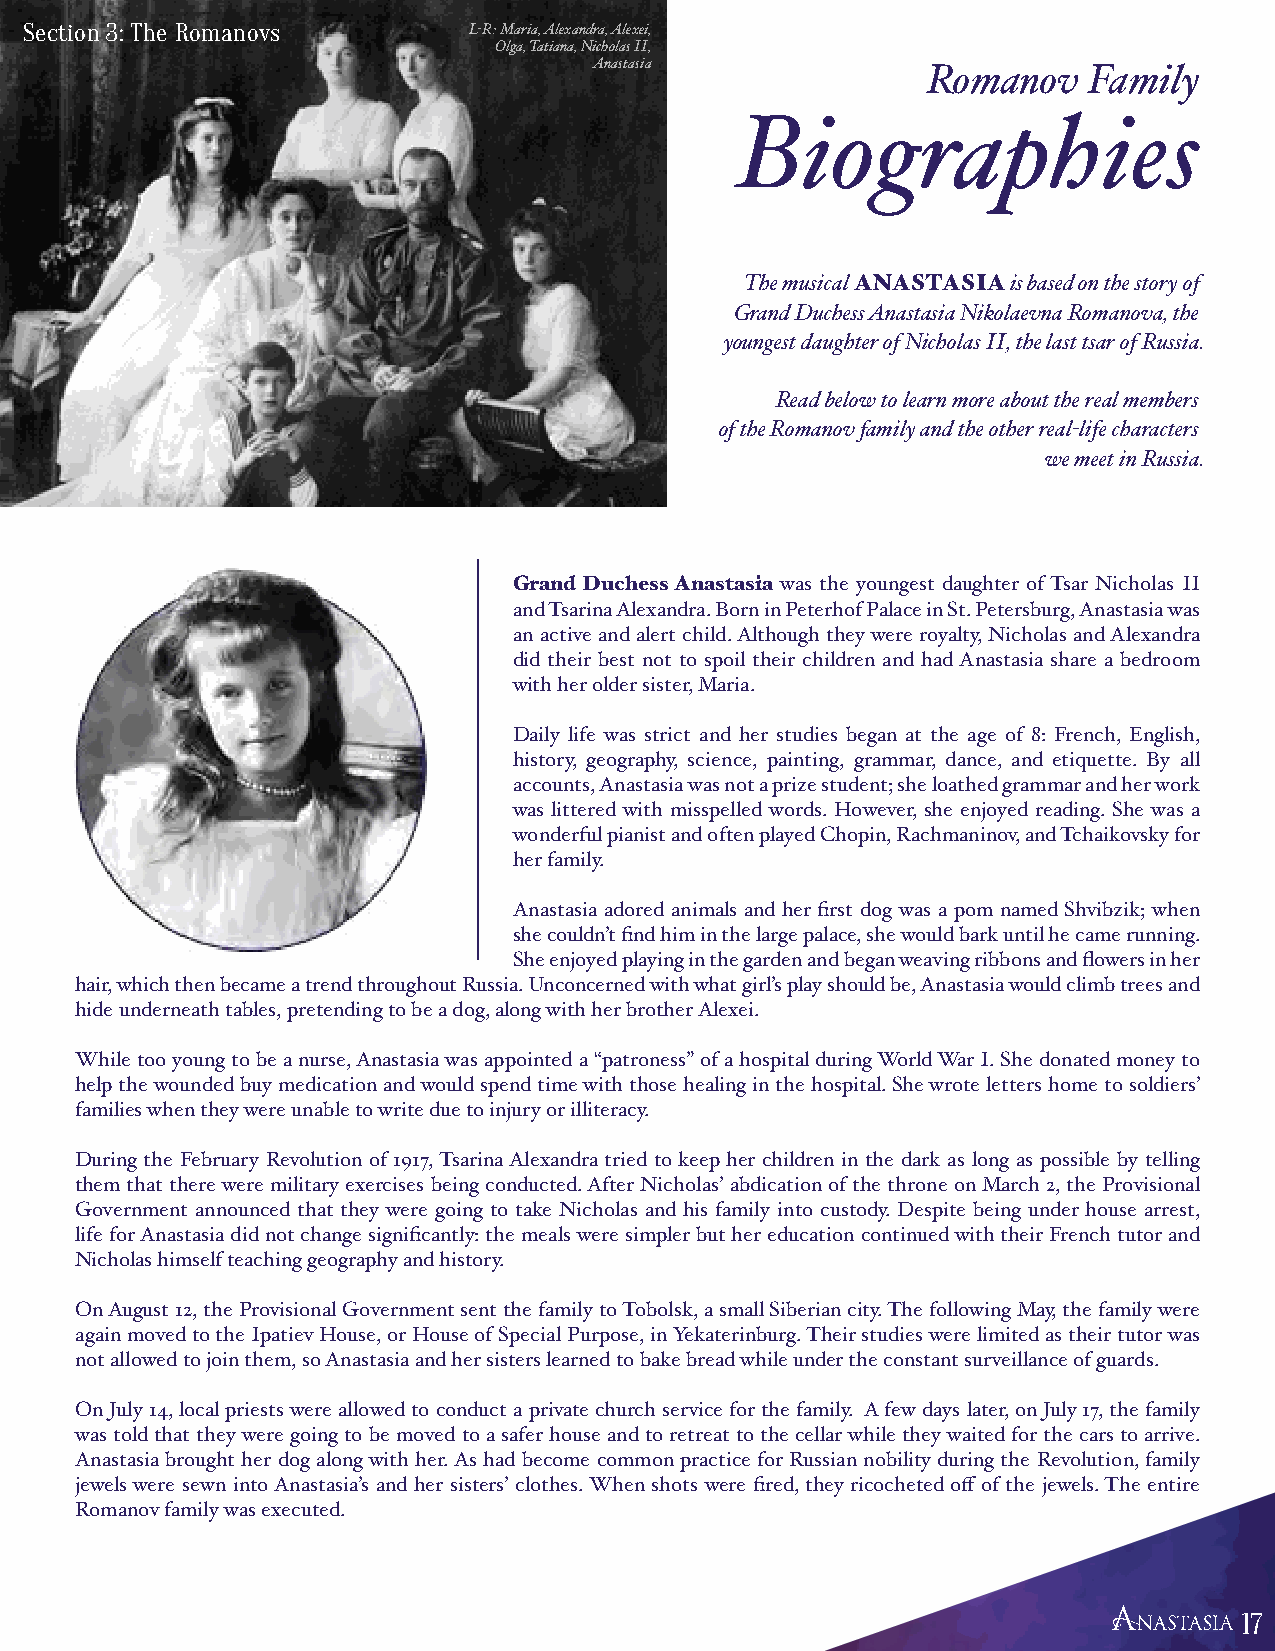
Section 3: The Romanovs      L-R: Maria, Alexandra, Alexei,
 Olga, Tatiana, Nicholas II,
 Anastasia
 Romanov    Family
 Biographies
 The musical ANASTASIA is based on the story of
 Grand Duchess Anastasia Nikolaevna Romanova, the
 youngest daughter of Nicholas II, the last tsar of Russia.
 Read below to learn more about the real members
 of the Romanov family and the other real-life characters
 we meet in Russia.
 Grand Duchess Anastasia was the youngest daughter of Tsar Nicholas II
 and Tsarina Alexandra. Born in Peterhof Palace in St. Petersburg, Anastasia was
 an active and alert child. Although they were royalty, Nicholas and Alexandra
 did their best not to spoil their children and had Anastasia share a bedroom
 with her older sister, Maria.
 Daily life was strict and her studies began at the age of 8: French, English,
 history, geography, science, painting, grammar, dance, and etiquette. By all
 accounts, Anastasia was not a prize student; she loathed grammar and her work
 was littered with misspelled words. However, she enjoyed reading. She was a
 wonderful pianist and often played Chopin, Rachmaninov, and Tchaikovsky for
 her family.
 Anastasia adored animals and her first dog was a pom named Shvibzik; when
 she couldn’t find him in the large palace, she would bark until he came running.
 She enjoyed playing in the garden and began weaving ribbons and flowers in her
 hair, which then became a trend throughout Russia. Unconcerned with what girl’s play should be, Anastasia would climb trees and
 hide underneath tables, pretending to be a dog, along with her brother Alexei.
 While too young to be a nurse, Anastasia was appointed a “patroness” of a hospital during World War I. She donated money to
 help the wounded buy medication and would spend time with those healing in the hospital. She wrote letters home to soldiers’
 families when they were unable to write due to injury or illiteracy.
 During the February Revolution of 1917, Tsarina Alexandra tried to keep her children in the dark as long as possible by telling
 them that there were military exercises being conducted. After Nicholas’ abdication of the throne on March 2, the Provisional
 Government announced that they were going to take Nicholas and his family into custody. Despite being under house arrest,
 life for Anastasia did not change significantly: the meals were simpler but her education continued with their French tutor and
 Nicholas himself teaching geography and history.
 On August 12, the Provisional Government sent the family to Tobolsk, a small Siberian city. The following May, the family were
 again moved to the Ipatiev House, or House of Special Purpose, in Yekaterinburg. Their studies were limited as their tutor was
 not allowed to join them, so Anastasia and her sisters learned to bake bread while under the constant surveillance of guards.
 On July 14, local priests were allowed to conduct a private church service for the family. A few days later, on July 17, the family
 was told that they were going to be moved to a safer house and to retreat to the cellar while they waited for the cars to arrive.
 Anastasia brought her dog along with her. As had become common practice for Russian nobility during the Revolution, family
 jewels were sewn into Anastasia’s and her sisters’ clothes. When shots were fired, they ricocheted off of the jewels. The entire
 Romanov family was executed.
 1177